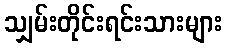
သျှမ်းတိုင်းရင်းသားများ